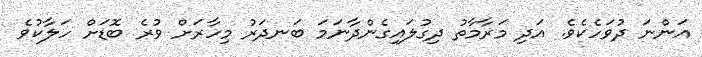
އަންނަ ދުވަހެކެވެ. އަދި މަރާމާތު ދިގުލައިގެންދާނަމަ ބަނދަރު މިހާރަށް ވުރެ ބޮޑަށް ހަލާކުވެ